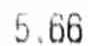
5.66